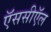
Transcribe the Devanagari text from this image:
ऍससीऍल